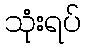
သုံးရပ်